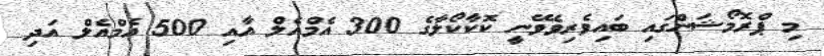
މި ޕްރޮމޯޝަންގައި ބައިވެރިވެވޭނީ ކޮކާކޯލާގެ 300 އެމްއެލް އާއި 500 އެމްއެލް އަދި